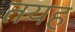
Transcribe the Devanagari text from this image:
तयह